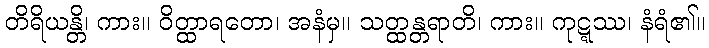
တိရိယန္တိ၊ ကား။ ဝိတ္ထာရတော၊ အနံမှ။ သတ္ထန္တရာတိ၊ ကား။ ကုဋ္ဋဿ၊ နံရံ၏။